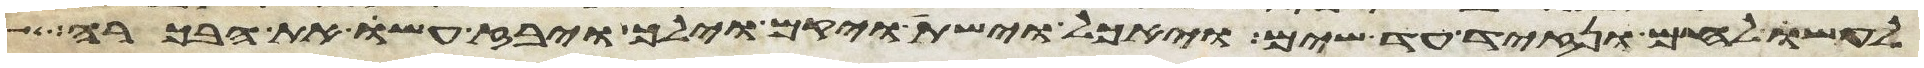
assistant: לעשו לחם ונזיד עד שים ויאכל וישת ויקם וילך ויבז עשו את הבכורה